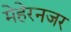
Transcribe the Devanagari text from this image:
मेहेरनजर